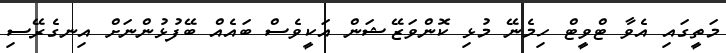
މަތީގައި އެވާ ޓްވީޓް ހިމެނޭ މުޅި ކޮންވަޒޭޝަން އަކީވެސް ބައެއް ބޭފުޅުންނަށް އިނގެރޭސި